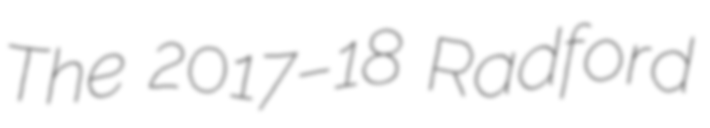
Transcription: The 2017–18 Radford